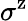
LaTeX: \sigma^{\mathrm{z}}